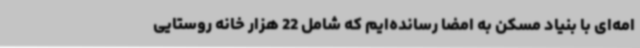
امه‌ای با بنیاد مسکن به امضا رسانده‌ایم که شامل 22 هزار خانه روستایی